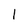
Character: 1